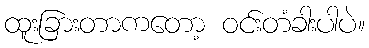
ထူးခြားတာကတော့ ဝင်းတံခါးပါပဲ။